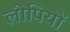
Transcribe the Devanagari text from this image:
लीपियों